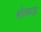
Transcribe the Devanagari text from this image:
भेरुण्ड